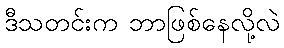
ဒီသတင်းက ဘာဖြစ်နေလို့လဲ